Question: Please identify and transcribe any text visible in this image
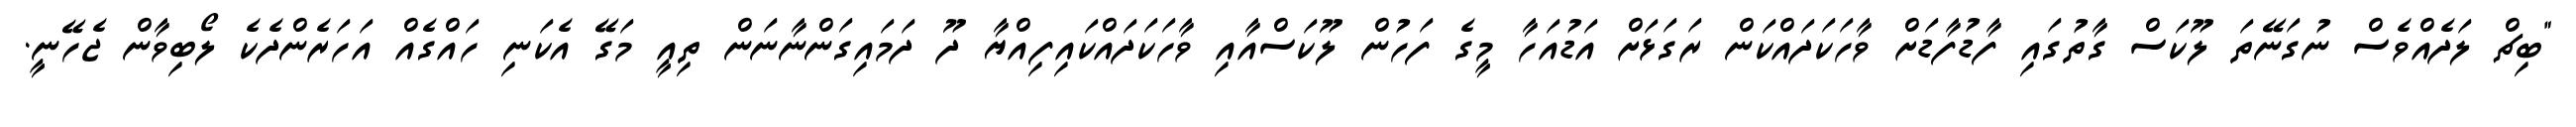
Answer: "ބިޗް ލަދެއްވެސް ނުގަނޭތަ ލޫކަސް ގާތުގައި ފާޑުފާޑަށް ވާހަކަދައްކަން ރަގަޅަށް އަޑުއަހާ މީގެ ފަހުން ލޫކަސްއާއި ވާހަކަދައްކައިފިއްޔާ ދޫ ދަމައިގަންނާނަން ތިއީ މަގޭ އެކަނި ހައްގެއް އަހަރެންދެކެ ލޯބިވާން ޖެހޭނީ.